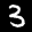
Label: 3